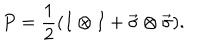
LaTeX: P = \frac { 1 } { 2 } ( I \otimes I + \vec { \sigma } \otimes \vec { \sigma } ) .